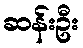
ဆန်းဦး